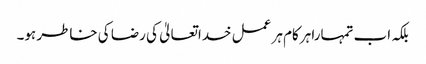
بلکہ اب تمہارا ہرکام ہر عمل خداتعالیٰ کی رضا کی خاطر ہو۔